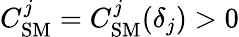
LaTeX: C_{\mathrm{SM}}^{j}=C_{\mathrm{SM}}^{j}(\delta_{j})>0